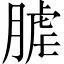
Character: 𦞐